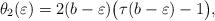
LaTeX: \begin{align*}\theta_2(\varepsilon) = 2(b-\varepsilon)\big(\tau(b-\varepsilon)-1\big),\end{align*}